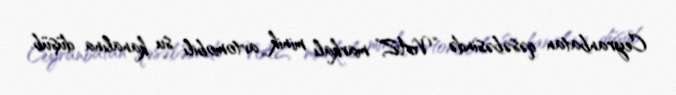
Ceyranbatan qəsəbəsində “VAZ” markalı minik avtomobili su kanalına düşüb.